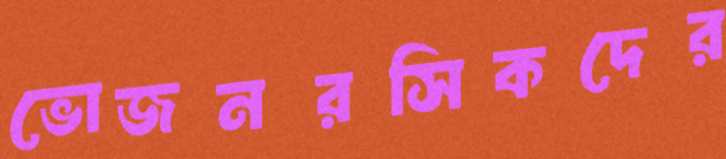
ভোজনরসিকদের